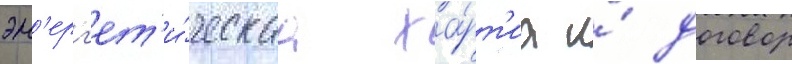
эн'ерг'ет'и́ческаа ха́рт'иа и́ договор